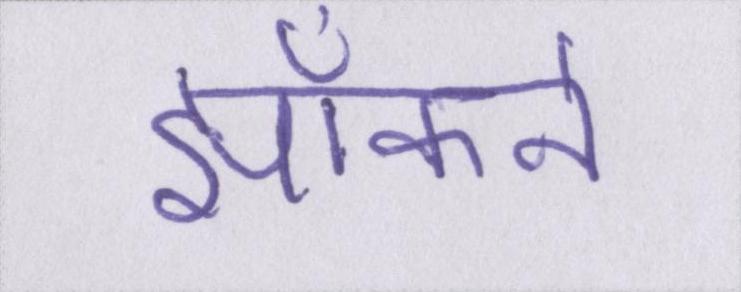
झाँकने